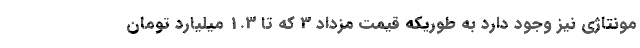
مونتاژی نیز وجود دارد به طوریکه قیمت مزداد 3 که تا 1.3 میلیارد تومان